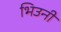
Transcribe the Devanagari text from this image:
भिउनी